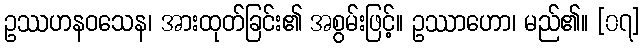
ဥဿဟနဝသေန၊ အားထုတ်ခြင်း၏ အစွမ်းဖြင့်။ ဥဿာဟော၊ မည်၏။ [၀၇]